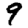
Digit: 9